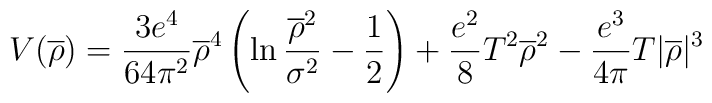
V(\overline{\rho})=\frac{3e^{4}}{64\pi^{2}}\overline{\rho}^{4}\left(\ln\frac{\overline{\rho}^{2}}{\sigma^{2}}-\frac{1}{2}\right)+\frac{e^{2}}{8}T^{2}\overline{\rho}^{2}-\frac{e^{3}}{4\pi}T|\overline{\rho}|^{3}